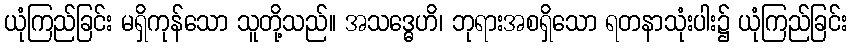
ယုံကြည်ခြင်း မရှိကုန်သော သူတို့သည်။ အသဒ္ဓေဟိ၊ ဘုရားအစရှိသော ရတနာသုံးပါး၌ ယုံကြည်ခြင်း